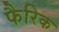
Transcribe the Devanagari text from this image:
फैरिक